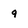
Character: q